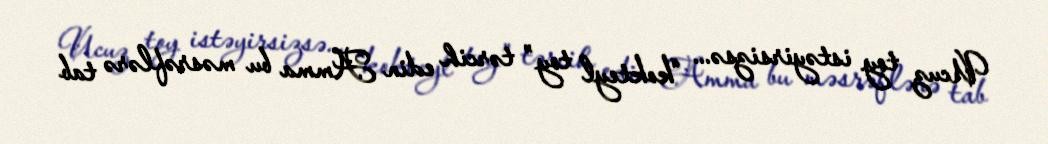
Ucuz toy istəyirsizsə... “kokteyl toy” tərcih edin Amma bu məsrəflərə tab